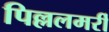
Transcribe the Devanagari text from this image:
पिल्ललमर्री